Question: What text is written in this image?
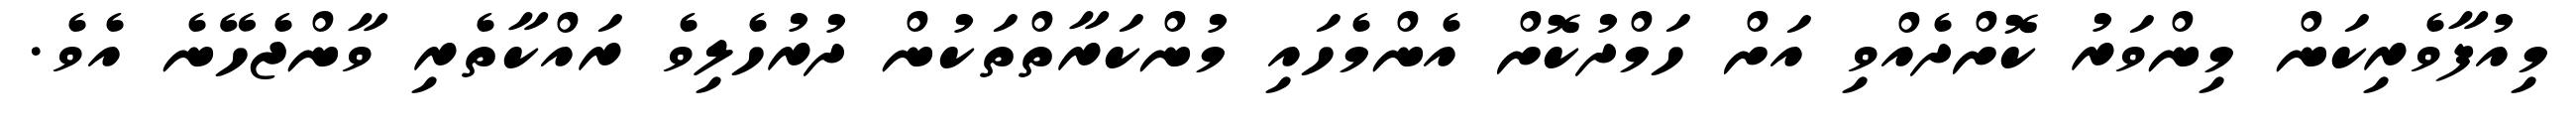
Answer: މިއުފާވެރިކަން މިންވަރު ކޮށްދެއްވި އަށް ހަމްދުކޮށް އެންމެހައި މުންކަރާތްތަކުން ދުރުހެލިވެ ރައްކާތެރި ވާންޖެހޭނެ އެވެ.